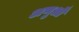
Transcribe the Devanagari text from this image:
अणुओँ